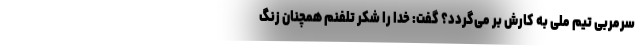
سرمربی تیم ملی به کارش بر می‌گردد؟ گفت: خدا را شکر تلفنم همچنان زنگ